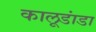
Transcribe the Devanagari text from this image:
कालूडांडा